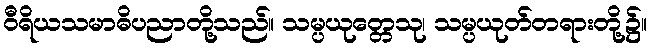
ဝီရိယသမာဓိပညာတို့သည်။ သမ္ပယုတ္တေသု၊ သမ္ပယုတ်တရားတို့၌။